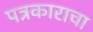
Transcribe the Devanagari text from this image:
पत्रकाराचा